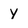
Character: y